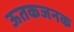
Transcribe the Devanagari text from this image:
ऊतकजनक